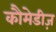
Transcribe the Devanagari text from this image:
कौमेडीज़